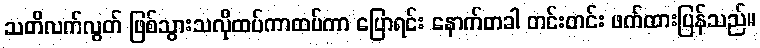
သတိလက်လွတ် ဖြစ်သွားသလိုထပ်ကာထပ်ကာ ပြောရင်း နောက်တခါ တင်းတင်း ဖက်ထားပြန်သည်။